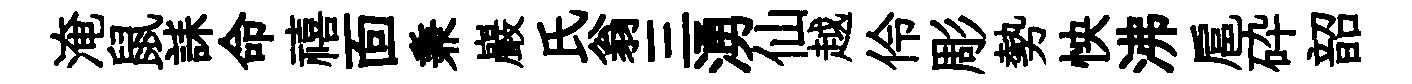
淹鼠誄命禧靣兼巖氏翁三湧仙越伶彫勢怏沸扈砕韶